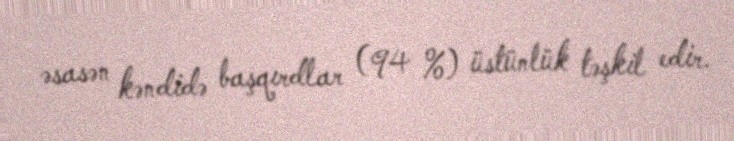
əsasən kəndidə başqırdlar (94 %) üstünlük təşkil edir.